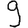
Digit: 9